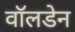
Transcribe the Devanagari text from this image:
वॉलडेन